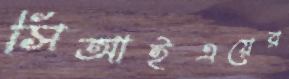
সিআইএয়ের